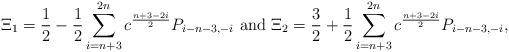
LaTeX: \begin{align*}\Xi_1 = \frac{1}{2}- \frac{1}{2} \sum_{i=n+3}^{2n} c^{\frac{n+3-2i}{2}}P_{i-n-3,-i} \mbox{ and } \Xi_2 = \frac{3}{2}+ \frac{1}{2} \sum_{i=n+3}^{2n} c^{\frac{n+3-2i}{2}}P_{i-n-3,-i}, \end{align*}